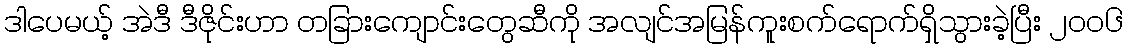
ဒါပေမယ့် အဲဒီ ဒီဇိုင်းဟာ တခြားကျောင်းတွေဆီကို အလျင်အမြန်ကူးစက်ရောက်ရှိသွားခဲ့ပြီး ၂ဝဝ၆